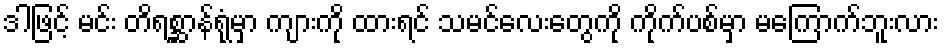
ဒါဖြင့် မင်း တိရစ္ဆာန်ရုံမှာ ကျားကို ထားရင် သမင်လေးတွေကို ကိုက်ပစ်မှာ မကြောက်ဘူးလား